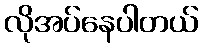
လိုအပ်နေပါတယ်